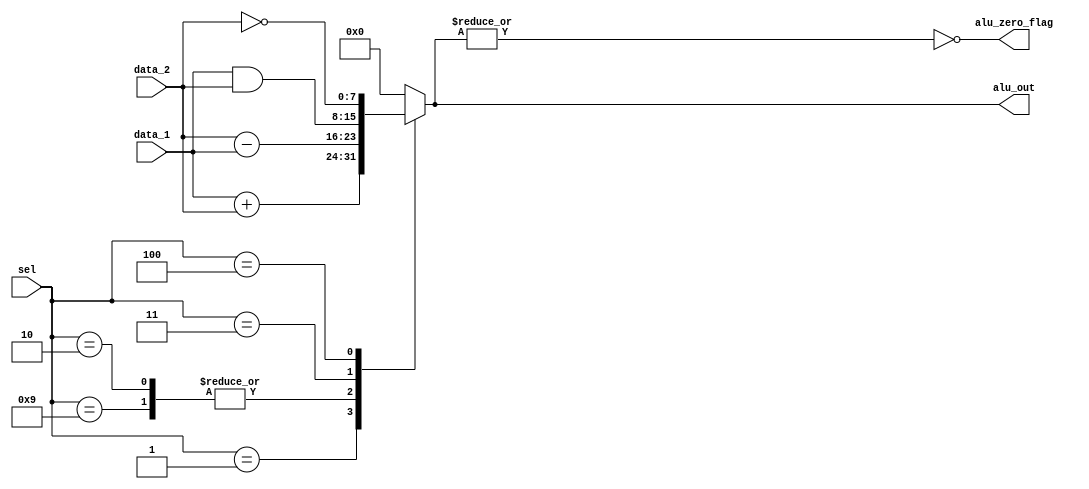
/*ALU
Instruction         Action
ADD         Adds the datapaths to form data_1 + data_2.
SUB			Subtracts the datapaths to form data_1 - data_2.
AND			Takes the bitwise-and of the datapaths, data_1 & data_2.
NOT			Takes the bitwise Boolean complement of data_1.
*/
//!< Note: the carries are ignored in this model.

module Alu_RISC #(
    parameter word_size = 8,
    op_size = 4,
    // Opcodes
    NOP 	= 4'b0000,
    ADD 	= 4'b0001,
    SUB 	= 4'b0010,
    AND 	= 4'b0011,
    NOT 	= 4'b0100,
    RD  	= 4'b0101,
    WR		= 4'b0110,
    BR		= 4'b0111,
    BRZ 	= 4'b1000,
    EQZ     = 4'b1001,
    LDR     = 4'b1010
) (
    output alu_zero_flag,
    output reg[word_size-1: 0] alu_out,
    // data_1 := Reg_Y, data_2 := Bus_1
    input[word_size-1: 0] data_1, data_2,
    input[op_size-1: 0] sel
);
    assign  alu_zero_flag = ~|alu_out;
    always @ (sel or data_1 or data_2)  
        case  (sel)
            NOP:	    alu_out = 0;
            ADD:	    alu_out = data_1 + data_2;  // Reg_Y + Bus_1
            SUB, EQZ:	alu_out = data_2 - data_1;
            AND:	    alu_out = data_1 & data_2;
            NOT:	    alu_out = ~ data_2;	 // Gets data from Bus_1
            
        default: 	alu_out = 0;
        endcase 
endmodule